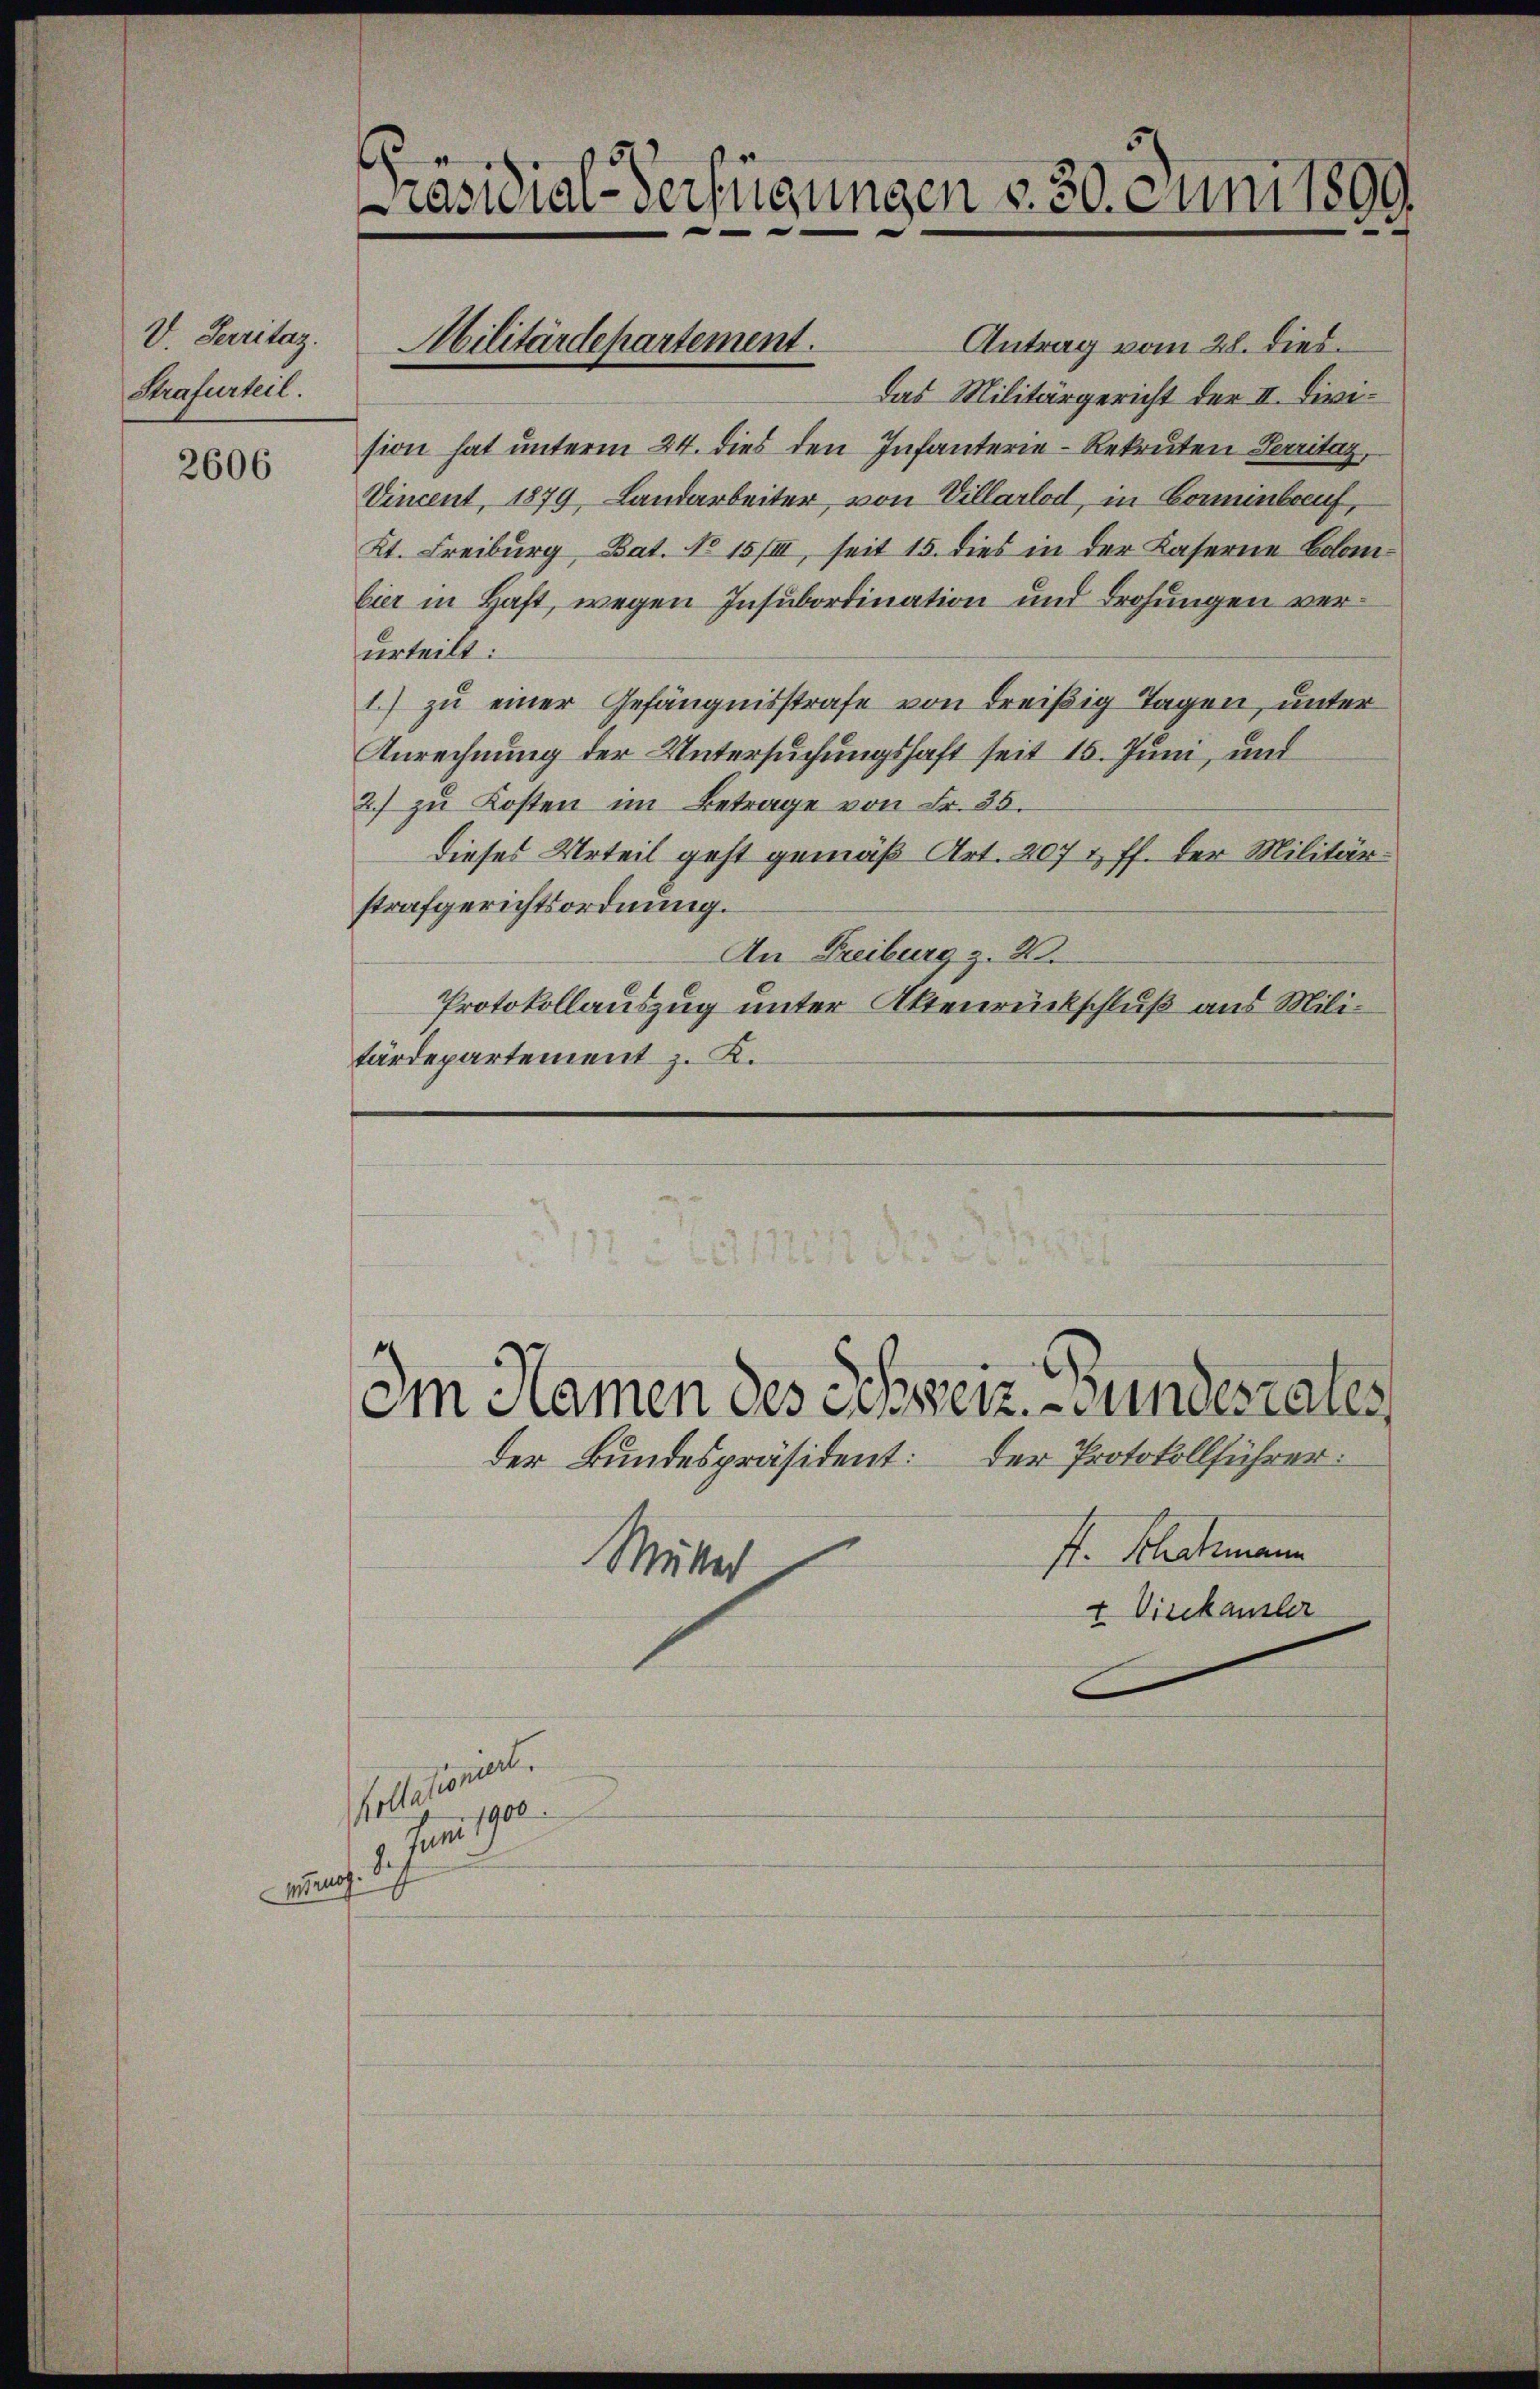
V. Perritag.
Strafurteil.

2606

C

Antrag vom 28. dies
Das Militärgericht der II. Division hat unterm 24. dies den Infanterie-Rekruten Territag,
Vincent, 1879, Landarbeiter, von Villarlod, in Formenbruf,
Kt. Freiburg, Bat. No 15/III, seit 15. dies in der Kaserne Bolonbier in Haft, wegen Insubordination und Drohungen verurteilt:
1) zu einer Gefängnisstrafe von dreißig Tagen, unter
Anrechnung der Untersuchungshaft seit 15. Juni, und
2.) zu Kosten im Betrage von Fr. 25.
dieses Urteil geht gemäß Art. 207 & ff. der Militärstrafgerichtsordnung.
An Freiburg z. B.
Protokollauszug unter Aktenrückschluß aus Militärdepartement z. K.

iemal
ag hat

6
räsidial-Verfügungen d. 30. Juni 1899

Militärdepartement.

Im Namen des Schweiz. Bundesrates
der Protokollführer.
der Bundespräsident:
ft. Schachmann
Mütter
+ Vicekanzler